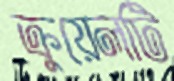
ক্রুয়েলটি